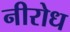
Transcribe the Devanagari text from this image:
नीरोध